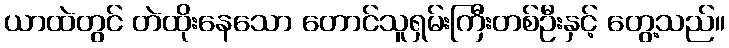
ယာထဲတွင် တဲထိုးနေသော တောင်သူရှမ်းကြီးတစ်ဦးနှင့် တွေ့သည်။